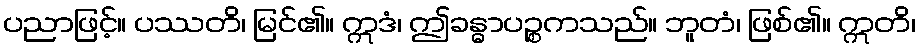
ပညာဖြင့်။ ပဿတိ၊ မြင်၏။ ဣဒံ၊ ဤခန္ဓာပဉ္စကသည်။ ဘူတံ၊ ဖြစ်၏။ ဣတိ၊